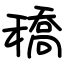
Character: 穚